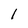
Character: 1